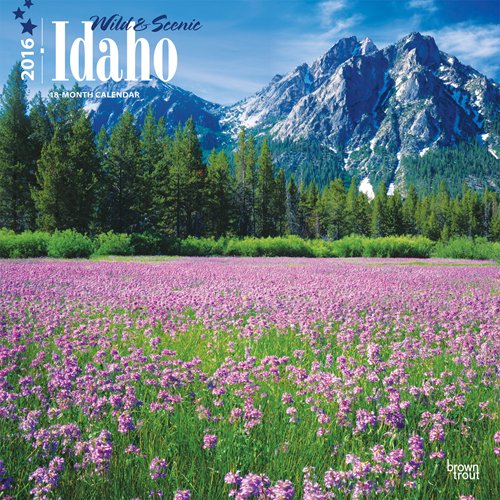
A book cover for Idaho, Wild & Scenic 2016 Square 12x12; Browntrout Publishers; Calendars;